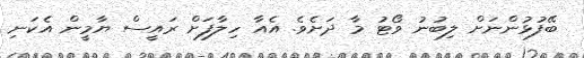
ބޭފުޅުންނަށް ލިބުނު ވޯޓު މާ ދަށެވެ. އެއާ ހިލާފަށް ރައީސް ޔާމީން އެކަނި